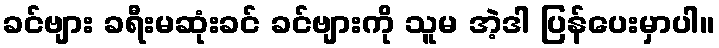
ခင်ဗျား ခရီးမဆုံးခင် ခင်ဗျားကို သူမ အဲ့ဒါ ပြန်ပေးမှာပါ။